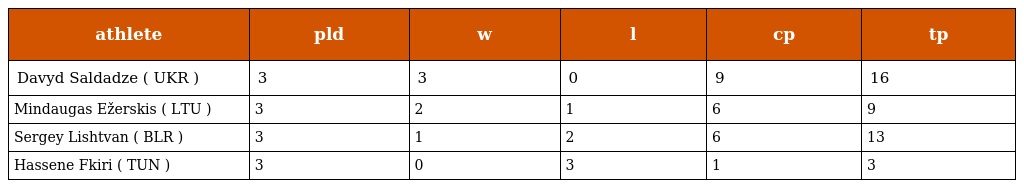
| athlete | pld | w | l | cp | tp |
 | --- | --- | --- | --- | --- | --- |
 | Davyd Saldadze ( UKR ) | 3 | 3 | 0 | 9 | 16 |
 | Mindaugas Ežerskis ( LTU ) | 3 | 2 | 1 | 6 | 9 |
 | Sergey Lishtvan ( BLR ) | 3 | 1 | 2 | 6 | 13 |
 | Hassene Fkiri ( TUN ) | 3 | 0 | 3 | 1 | 3 |